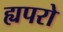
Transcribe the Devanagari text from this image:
ह्यपरो